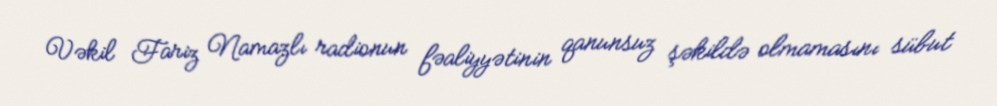
Vəkil Fariz Namazlı radionun fəaliyyətinin qanunsuz şəkildə olmamasını sübut